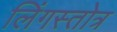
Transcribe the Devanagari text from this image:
लिंगस्तोत्र